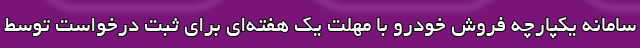
سامانه یکپارچه فروش خودرو با مهلت یک هفته‌ای برای ثبت درخواست توسط